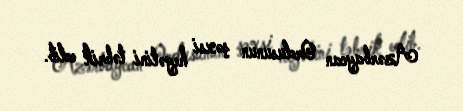
Azərbaycan Ordusunun şəxsi heyətini təbrik edib.